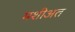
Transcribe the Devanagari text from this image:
मशीअत